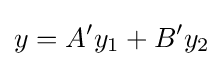
y=A'y_{1}+B'y_{2}